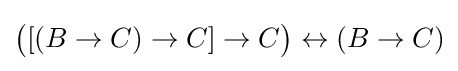
{\big (}[(B\to C)\to C]\to C{\big )}\leftrightarrow (B\to C)